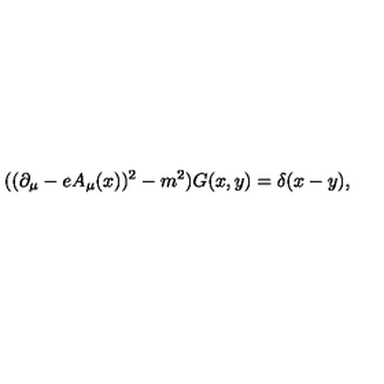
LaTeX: ( ( \partial _ { \mu } - e A _ { \mu } ( x ) ) ^ { 2 } - m ^ { 2 } ) G ( x , y ) = \delta ( x - y ) ,